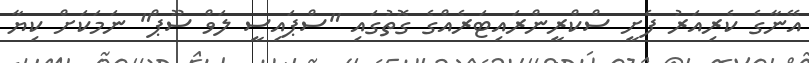
އޭނާގެ ކެރިއަރު ފެށީ ސްކްރީންރައިޓަރެއްގެ ގޮތުގައި "ސްޕައިސީ ލަވް ސޫޕް" ނަމަކަށް ކިޔާ